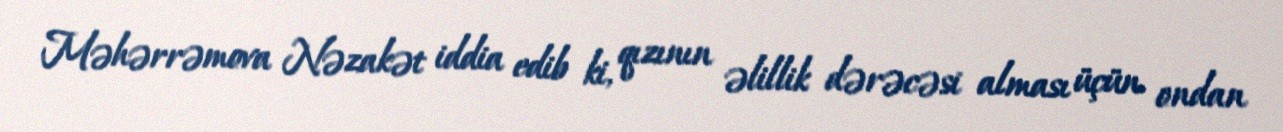
Məhərrəmova Nəzakət iddia edib ki, qızının əlillik dərəcəsi alması üçün ondan